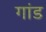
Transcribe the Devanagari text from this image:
गांड